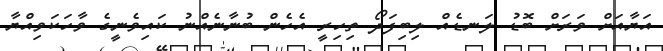
އަޔާއަށް ވަރަށް ބޮޑު ލަނޑެއް ލިބިފަދޯ ތިހިރީ އެހެން ބުނާނެއްނު ކައިވެނީގެ ވާހަކަވިއްޔާ